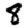
Digit: 8